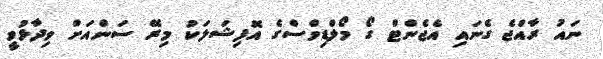
ނައު ރާއްޖެ ގެނައި އެޖެންޓް ގޯ މޯލްޑިވްސްގެ އޮފިޝަލަކު މިރޭ ސަންއަށް ވިދާޅުވީ